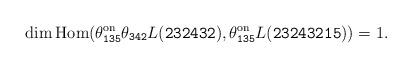
LaTeX: \begin{align*}\dim\mathrm{Hom}(\theta_{\mathtt{135}}^{\mathrm{on}}\theta_{\mathtt{342}}L(\mathtt{232432}), \theta_{\mathtt{135}}^{\mathrm{on}}L(\mathtt{23243215}))=1.\end{align*}